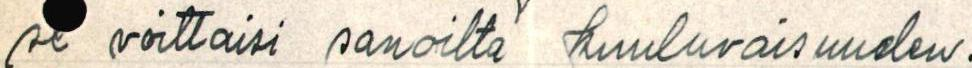
se voittaisi sanoilta kuuluvaisuuden.